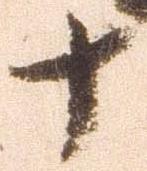
十